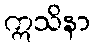
ဣသိနာ